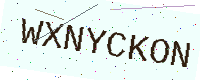
Text: WXNYCKON